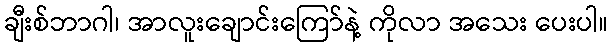
ချီးစ်ဘာဂါ၊ အာလူးချောင်းကြော်နဲ့ ကိုလာ အသေး ပေးပါ။